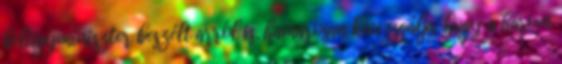
belügyminiszter beszélt arról is, hamarosan kivizsgálja, hogy a három